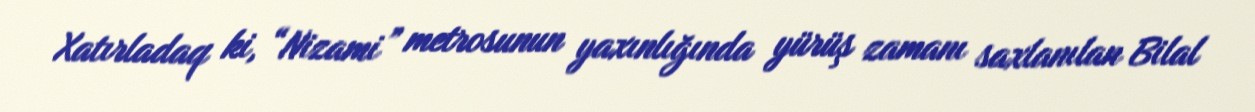
Xatırladaq ki, “Nizami” metrosunun yaxınlığında yürüş zamanı saxlanılan Bilal